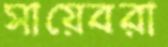
সায়েবরা